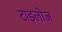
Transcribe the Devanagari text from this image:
टाइलोज